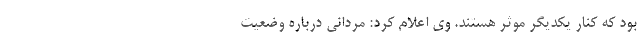
بود که کنار یکدیگر موثر هستند. وی اعلام کرد: مردانی درباره وضعیت